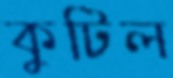
কুটিল